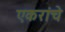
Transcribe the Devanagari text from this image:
एकरांचे